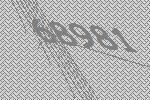
68981